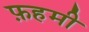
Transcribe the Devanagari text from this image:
फ़हमी